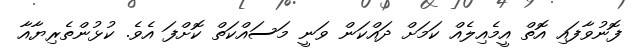
ފޮނުވާފައި އޮތް އީމެއިލެއް ކަމަށް ދައްކަން ވަނީ މަސައްކަތް ކޮށްފަ އެވެ. ކުޅުންތެރިޔާއާ